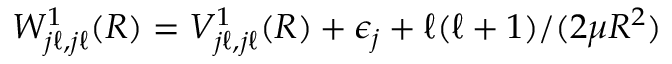
W _ { j \ell , j \ell } ^ { 1 } ( R ) = V _ { j \ell , j \ell } ^ { 1 } ( R ) + \epsilon _ { j } + \ell ( \ell + 1 ) / ( 2 \mu R ^ { 2 } )